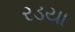
રડયા